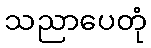
သညာပေတုံ